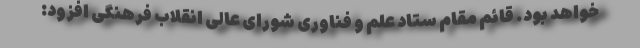
خواهد بود. قائم مقام ستاد علم و فناوری شورای عالی انقلاب فرهنگی افزود: